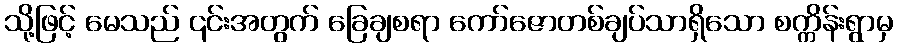
သို့ဖြင့် မေသည် ၎င်းအတွက် ခြေချစရာ ကော်ဇောတစ်ချပ်သာရှိသော စက္ကိန်းရွာမှ